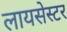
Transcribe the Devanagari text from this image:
लायसेस्टर